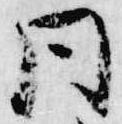
同